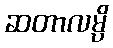
ဆတာလမ္ပိ